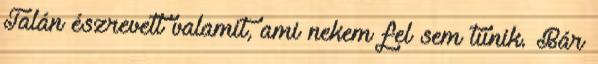
Talán észrevett valamit, ami nekem fel sem tűnik. Bár